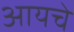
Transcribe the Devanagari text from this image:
आयचे